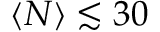
\langle N \rangle \lesssim 3 0